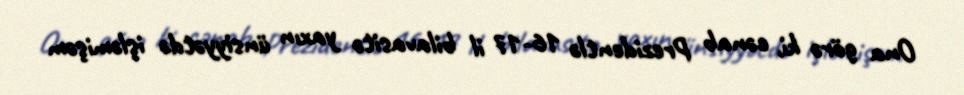
Ona görə ki, cənab Prezidentlə 16-17 il bilavasitə yaxın ünsiyyətdə işləmişəm